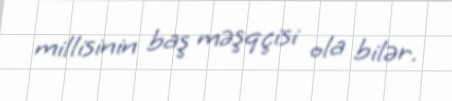
millisinin baş məşqçisi ola bilər.